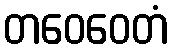
တဝေဝေတံ